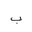
Letter: _ba